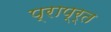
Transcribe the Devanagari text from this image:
प्राप्र्त